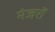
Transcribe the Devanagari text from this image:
मंजरों